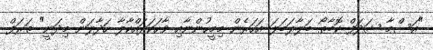
"އަސްމާ ޝަދަފް ކޮބާތޯ ބަލާލަބަލަ އަހަރެން މިމީހުންނާއި ވާހަކަދައްކާލާ ހަދާލަން މިދަނީ" ތަރަފް